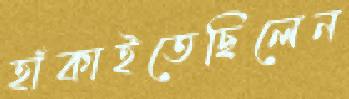
হাঁকাইতেছিলেন